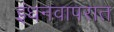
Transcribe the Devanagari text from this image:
इंधनवापरात